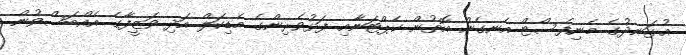
އުޅަނދުގެ މެނިފެސްޓް އެނގެން އޮތުން ކެޕްޓަނާއި ފަޅުވެރިންގެ މެޑިކަލް އަދި ވަޒީފާގެ އެއްބަސްވުން